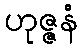
ဟုဇ္ဇနံ